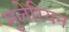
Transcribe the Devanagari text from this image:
मुलेरियन